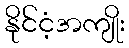
နိုင်ငံ့အကျိုး